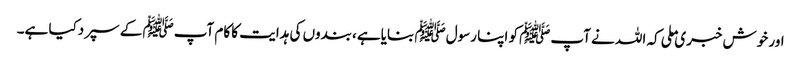
اور خوش خبری ملی کہ اللہ نے آپﷺ کو اپنا رسولﷺ بنایاہے ،بندوں کی ہدایت کا کام آپﷺ کے سپردکیا ہے۔